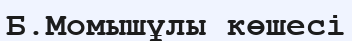
Б.Момышұлы көшесі